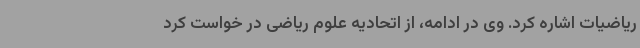
ریاضیات اشاره کرد. وی در ادامه، از اتحادیه علوم ریاضی در خواست کرد